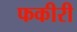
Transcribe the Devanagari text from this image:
फकीरी